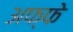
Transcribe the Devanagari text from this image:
अफ्फे